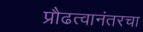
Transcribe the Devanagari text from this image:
प्रौढत्वानंतरचा